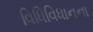
વિધિવિધાનના